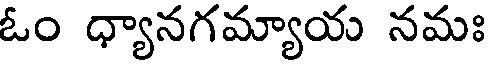
ఓం ధ్యానగమ్యాయ నమః